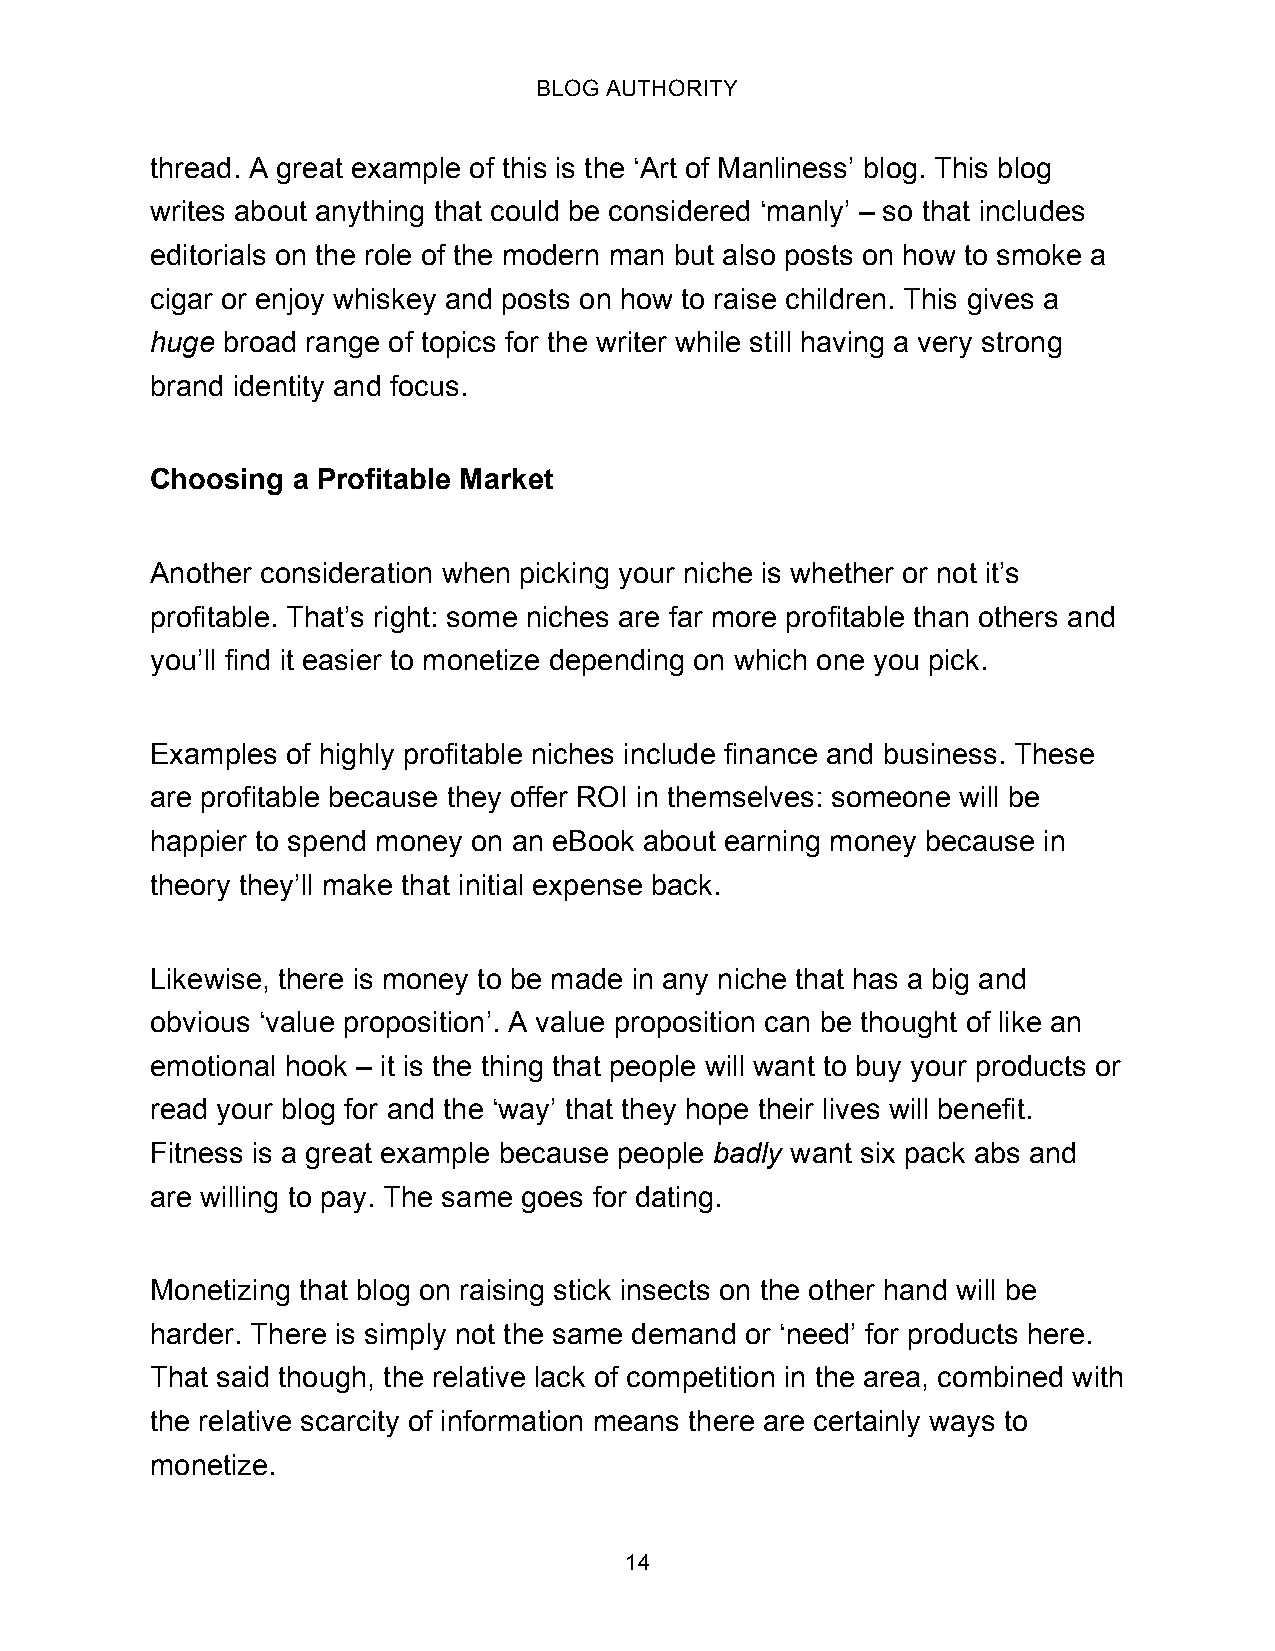
BLOG AUTHORITY
 thread. A great example of this is the ‘Art of Manliness’ blog. This blog
 writes about anything that could be considered ‘manly’ – so that includes
 editorials on the role of the modern man but also posts on how to smoke a
 cigar or enjoy whiskey and posts on how to raise children. This gives a
 huge broad range of topics for the writer while still having a very strong
 brand identity and focus.
 Choosing a Profitable Market
 Another consideration when picking your niche is whether or not it’s
 profitable. That’s right: some niches are far more profitable than others and
 you’ll find it easier to monetize depending on which one you pick.
 Examples of highly profitable niches include finance and business. These
 are profitable because they offer ROI in themselves: someone will be
 happier to spend money on an eBook about earning money because in
 theory they’ll make that initial expense back.
 Likewise, there is money to be made in any niche that has a big and
 obvious ‘value proposition’. A value proposition can be thought of like an
 emotional hook – it is the thing that people will want to buy your products or
 read your blog for and the ‘way’ that they hope their lives will benefit.
 Fitness is a great example because people badly want six pack abs and
 are willing to pay. The same goes for dating.
 Monetizing that blog on raising stick insects on the other hand will be
 harder. There is simply not the same demand or ‘need’ for products here.
 That said though, the relative lack of competition in the area, combined with
 the relative scarcity of information means there are certainly ways to
 monetize.
 14